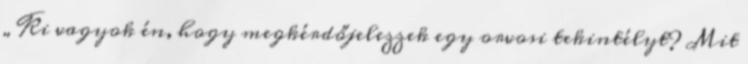
„Ki vagyok én, hogy megkérdőjelezzek egy orvosi tekintélyt? Mit